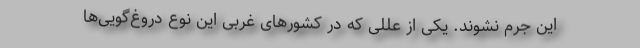
این جرم نشوند. یکی از عللی که در کشورهای غربی این نوع دروغ‌گویی‌ها